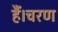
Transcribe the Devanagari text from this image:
हैं।चरण